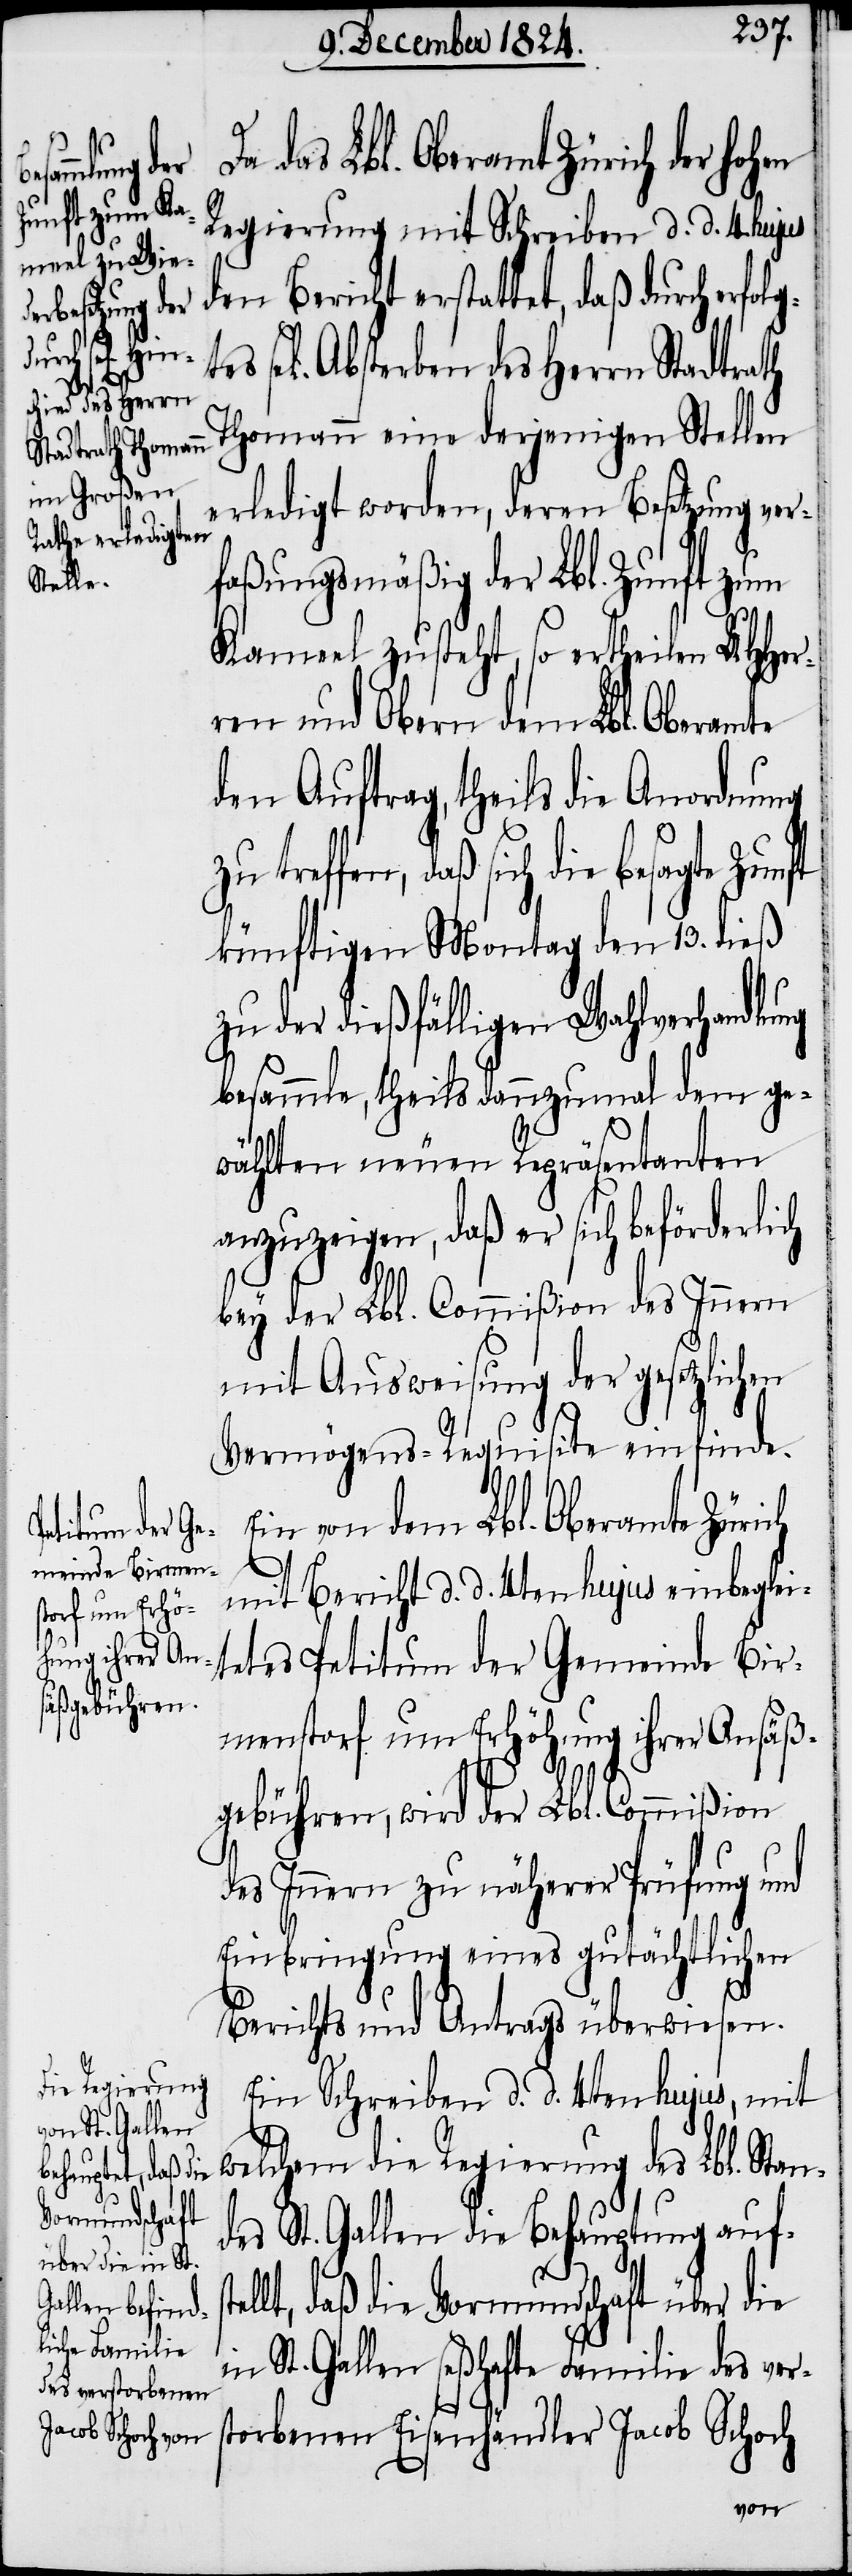
sel[ige¬
13.

das Lbl. Oberamt Zürich der
Regierung mit Schreiben d. d. 4. hujus
den Bericht erstattet, daß durch
s] Absterben des Herrn Stadtrath
Thomann eine derjenigen Stellen
erledigt worden, deren Besetzung ver¬
faßungsgemäß der Lbl. Zunft zum
Kameel zusteht, so ertheilen UHHer¬
ren und Obern dem Lbl. Oberamte
den Auftrag, theils die Anordnung
treffen, daß sich die besagte Zun¬
künftigen Montag den 13. dieß
zu der dießfälligen Wahlverhandlung
besammle, theils dannzumal dem ge¬
wählten neuen Repräsentanten
anzuzeigen, daß er sich beförderlich
bey der Lbl. Commißion des Innern
mit Ausweisung der gesetzlichen
Vermögens-Requisite einfinde.
Ein von dem Lbl. Oberamt Zürich
mit Bericht d. d. 4ten hujus einbeglei¬
tetes Petitum der Gemeinde Bir¬
menstorf um Erhöhung ihrer Ansäß¬
gebühren, wird der Lbl. Commißion
des Innern zu näherer Prüfung und
Einbringung eines gutächtlichen
Berichts und Antrags überwiesen.
Ein Schreiben d. d. 4ten hujus, mit
welchem die Regierung des Lbl. Stan¬
des St. Gallen die Behauptung aufs¬
ft
tellt, daß die Vormundschaft über die
in St. Gallen seßhafte Familie des ver¬
storbenen Eisenhändler Jacob Schoch